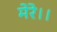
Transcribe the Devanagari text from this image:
मेरे।।